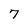
Character: 7